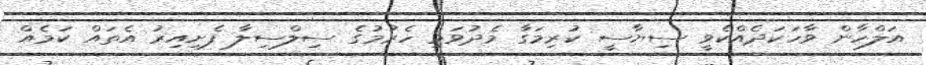
އަލްހާން ވާހަކަދެއްކެވީ ސިޔާސީ ކުރިމަގާ މެދުވަޅި ހެރުމުގެ ސިލްސިލާ ފެށިއިރު އެތައް ކަމެއް